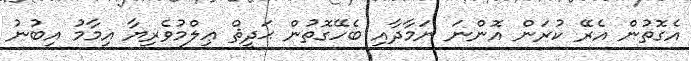
އެގޮތުން އެރޭ ކުރަން އޮންނަ ނަމާދާއި ބެހޭގޮތުން ޙަދީޘް ޢިލްމުވެރިޔާ އިމާމު އިބުނު